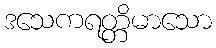
ဒသေကရတ္တိမာသော